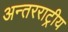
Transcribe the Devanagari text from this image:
अन्तरराट्रीय